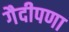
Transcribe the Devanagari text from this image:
गैदीपणा